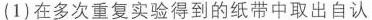
(1)在多次重复实验得到的纸带中取出自认